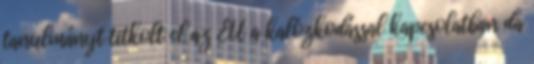
tanulmányt titkolt el az EU a kalózkodással kapcsolatban da